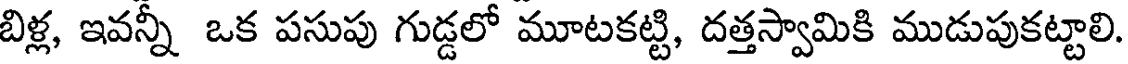
బిళ్ల, ఇవన్నీ ఒక పసుపు గుడ్డలో మూటకట్టి, దత్తస్వామికి ముడుపుకట్టాలి